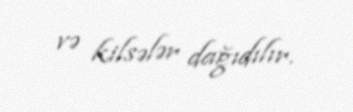
və kilsələr dağıdılır.